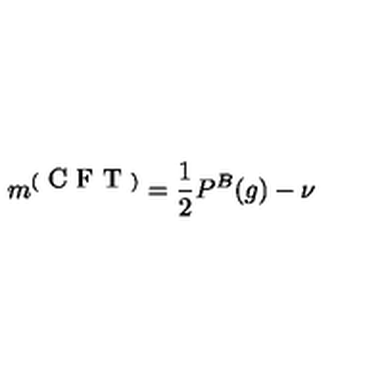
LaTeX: m ^ { ( \textrm { C F T } ) } = \frac { 1 } { 2 } P ^ { B } ( g ) - \nu